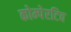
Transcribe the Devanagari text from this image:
कोम्पेरटिव